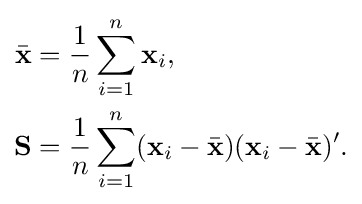
{\begin{aligned}{\bar {\mathbf {x} }}&={\frac {1}{n}}\sum _{i=1}^{n}\mathbf {x} _{i},\\\mathbf {S} &={\frac {1}{n}}\sum _{i=1}^{n}(\mathbf {x} _{i}-{\bar {\mathbf {x} }})(\mathbf {x} _{i}-{\bar {\mathbf {x} }})'.\end{aligned}}